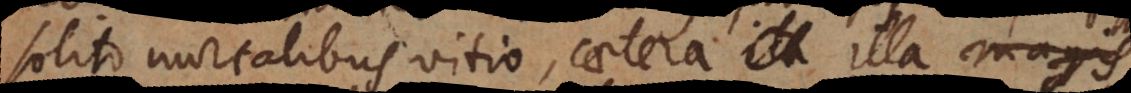
solito mortalibus vitio, caetera illa magis